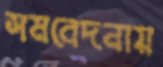
সমবেদনায়